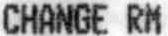
CHANGE RM